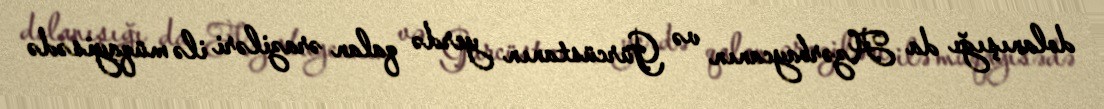
dolanışığı da Azərbaycanın və Gürcüstanın yerdə qalan əraziləri ilə müqayisədə